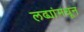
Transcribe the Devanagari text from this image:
लढ्यांमधून